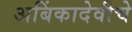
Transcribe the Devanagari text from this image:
अबिंकादेवीचे